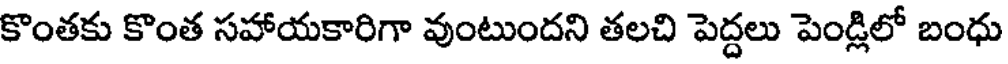
కొంతకు కొంత సహాయకారిగా వుంటుందని తలచి పెద్దలు పెండ్లిలో బంధు